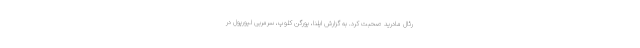
رئال مادرید صحبت کرد. به گزارش ایلنا، یورگن کلوپ، سرمربی لیورپول در